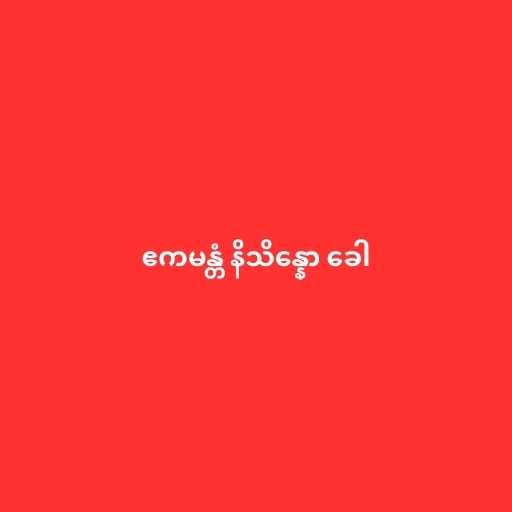
ဧကမန္တံ နိသိန္နော ခေါ